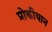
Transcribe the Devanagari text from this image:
प्रोकीयान